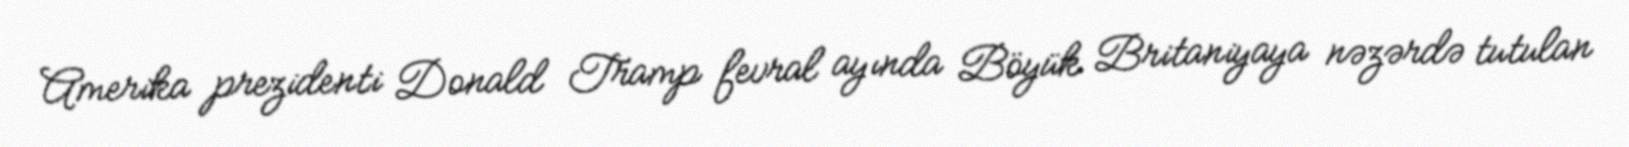
Amerika prezidenti Donald Tramp fevral ayında Böyük Britaniyaya nəzərdə tutulan